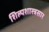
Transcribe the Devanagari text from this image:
शिल्पशास्त्रसार